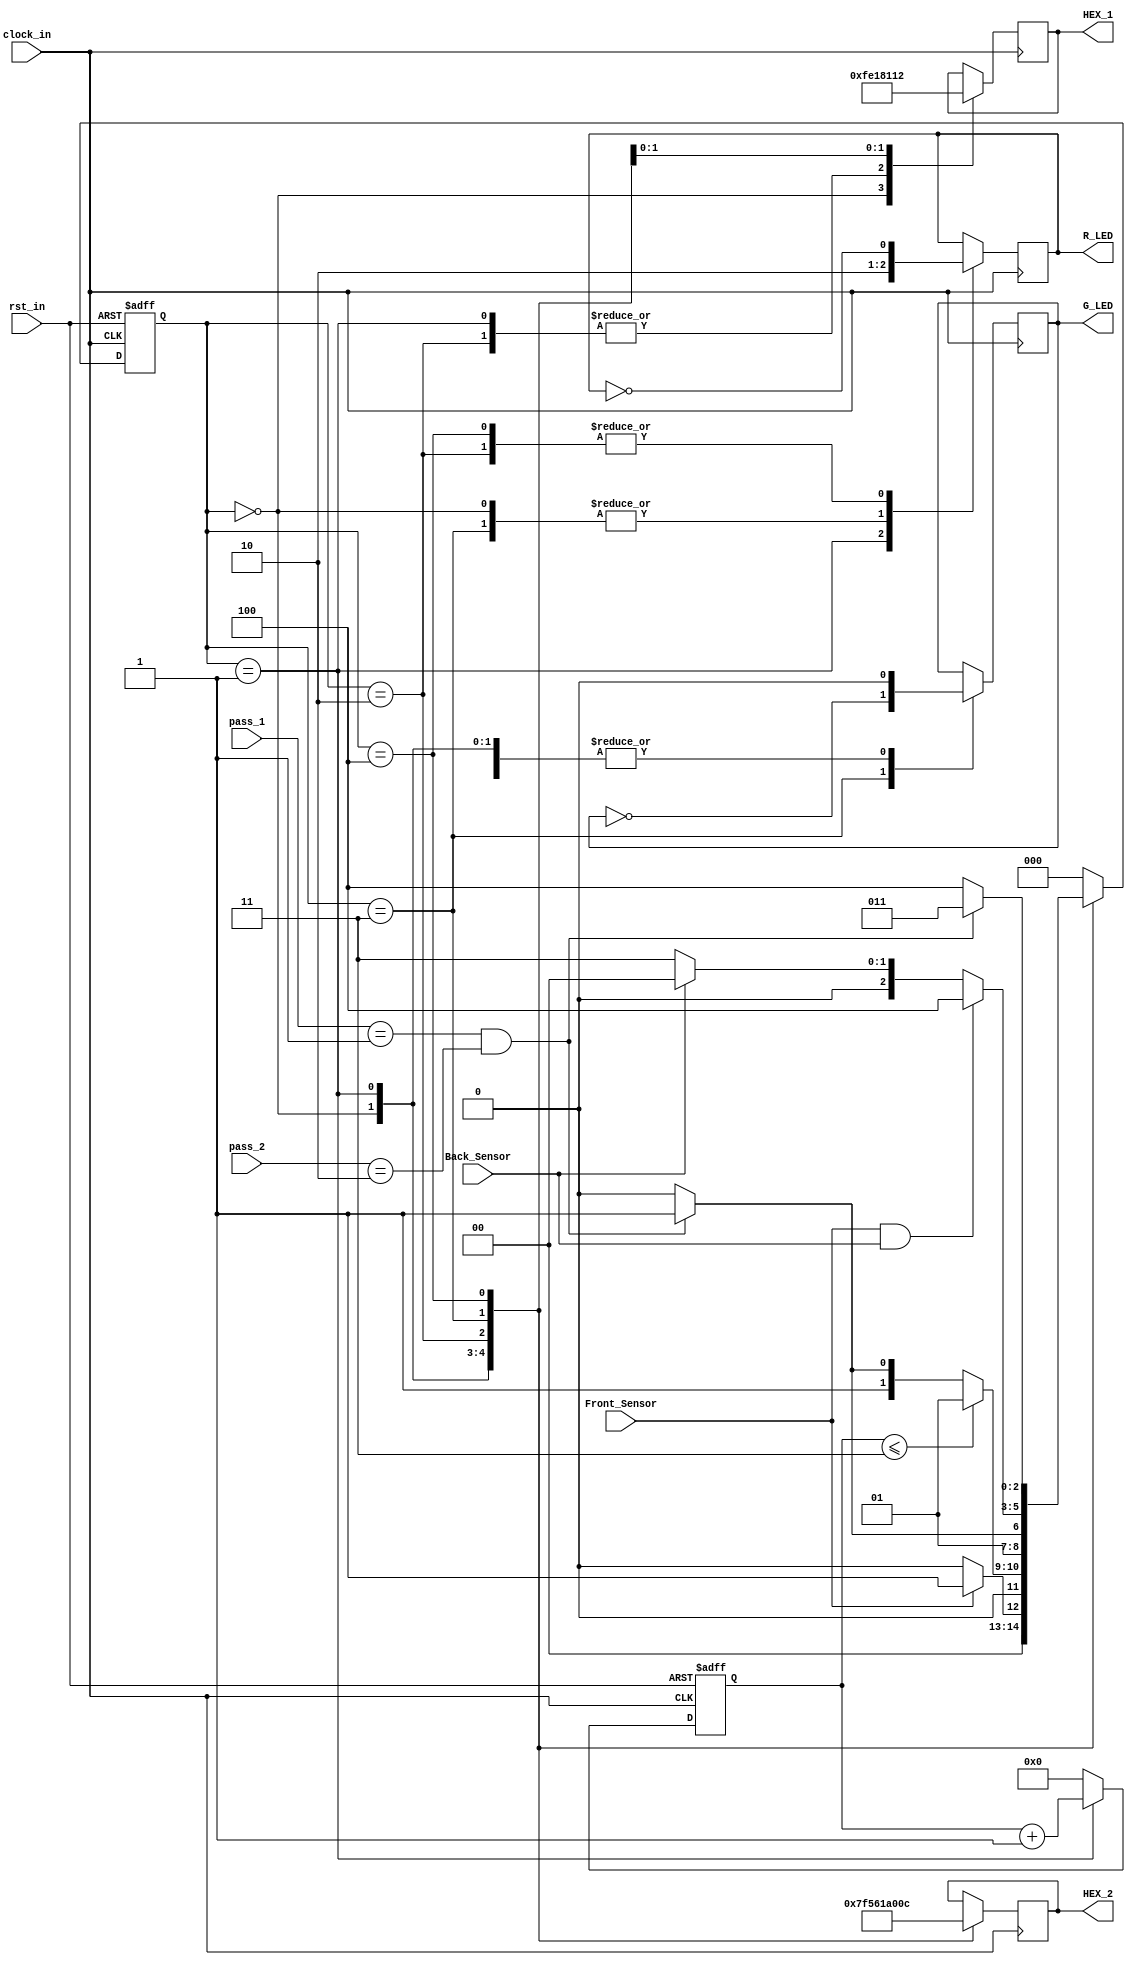
`timescale 1ns / 1ps

module parking_system(
    input clock_in, rst_in,
    input Front_Sensor, Back_Sensor,
    input [1:0] pass_1, pass_2,
    output wire G_LED, R_LED,
    output reg [6:0] HEX_1, HEX_2
);

// Define states of the FSM
parameter IDLE = 3'b000, WAIT_PASSWORD = 3'b001, WRONG_PASS = 3'b010, RIGHT_PASS = 3'b011, STOP = 3'b100;

// Present state and next state registers
reg [2:0] PS, NS;

// Waiting counter
reg [31:0] cnt_wait;

// Temporary variables for LED blinking
reg red_tmp, green_tmp;

// State transition logic
always @(posedge clock_in or negedge rst_in)
begin
    if (~rst_in)
        PS = IDLE; // Reset state to IDLE on reset
    else
        PS = NS; // Update state based on the next state
end

// Counter for waiting state
always @(posedge clock_in or negedge rst_in)
begin
    if (~rst_in)
        cnt_wait <= 0; // Reset counter on reset
    else if (PS == WAIT_PASSWORD)
        cnt_wait <= cnt_wait + 1; // Increment counter in WAIT_PASSWORD state
    else
        cnt_wait <= 0;
end

// State transition conditions
always @(*)
begin
    case (PS)
        IDLE:
            begin
                if (Front_Sensor == 1)
                    NS = WAIT_PASSWORD; // Transition to WAIT_PASSWORD state if Front_Sensor is activated
                else
                    NS = IDLE;
            end

        WAIT_PASSWORD:
            begin
                if (cnt_wait <= 3)
                    NS = WAIT_PASSWORD; // Stay in WAIT_PASSWORD state if waiting time is not exceeded
                else
                begin
                    if ((pass_1 == 2'b01) && (pass_2 == 2'b10))
                        NS = RIGHT_PASS; // Transition to RIGHT_PASS state if password is correct
                    else
                        NS = WRONG_PASS; // Transition to WRONG_PASS state otherwise
                end
            end

        WRONG_PASS:
            begin
                if ((pass_1 == 2'b01) && (pass_2 == 2'b10))
                    NS = RIGHT_PASS; // Transition to RIGHT_PASS state if password is correct
                else
                    NS = WRONG_PASS;
            end

        RIGHT_PASS:
            begin
                if (Front_Sensor == 1 && Back_Sensor == 1)
                    NS = STOP; // Transition to STOP state if both sensors are activated
                else if (Back_Sensor == 1)
                    NS = IDLE; // Transition to IDLE state if only Back_Sensor is activated
                else
                    NS = RIGHT_PASS;
            end

        STOP:
            begin
                if ((pass_1 == 2'b01) && (pass_2 == 2'b10))
                    NS = RIGHT_PASS; // Transition to RIGHT_PASS state if password is correct
                else
                    NS = STOP;
            end

        default:
            NS = IDLE; // Default state transition to IDLE
    endcase
end

// Output logic and LED blinking
always @(posedge clock_in)
begin
    case (PS)
        IDLE:
            begin
                green_tmp = 1'b0;
                red_tmp = 1'b0;
                HEX_1 = 7'b1111111; // Turn off HEX_1
                HEX_2 = 7'b1111111; // Turn off HEX_2
            end

        WAIT_PASSWORD:
            begin
                green_tmp = 1'b0;
                red_tmp = 1'b1;
                HEX_1 = 7'b000_0110; // Display 'E' on HEX_1
                HEX_2 = 7'b010_1011; // Display 'n' on HEX_2
            end

        WRONG_PASS:
            begin
                green_tmp = 1'b0;
                red_tmp = ~red_tmp; // Toggle red_tmp for blinking
                HEX_1 = 7'b000_0110; // Display 'E' on HEX_1
                HEX_2 = 7'b000_0110; // Display 'E' on HEX_2
            end

        RIGHT_PASS:
            begin
                green_tmp = ~green_tmp; // Toggle green_tmp for blinking
                red_tmp = 1'b0;
                HEX_1 = 7'b000_0010; // Display '6' on HEX_1
                HEX_2 = 7'b100_0000; // Display '0' on HEX_2
            end

        STOP:
            begin
                green_tmp = 1'b0;
                red_tmp = ~red_tmp; // Toggle red_tmp for blinking
                HEX_1 = 7'b001_0010; // Display '5' on HEX_1
                HEX_2 = 7'b000_1100; // Display 'P' on HEX_2
            end
    endcase
end

// Assignments for LED outputs
assign R_LED = red_tmp;
assign G_LED = green_tmp;

endmodule